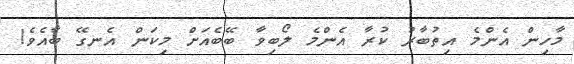
މާހިން އެންމެ އިތުބާރު ކުރާ އެންމެ ލޯބިވާ ބޭބެއަށް މިކަން އެނގޭ ބާއެވެ!